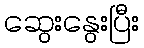
ဆွေးနွေးပြီး